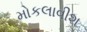
મોકલાવીશ